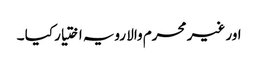
اور غیر محرم والا رویہ اختیار کیا ۔